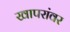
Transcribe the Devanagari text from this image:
खापरांवर